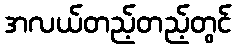
အလယ်တည့်တည့်တွင်